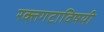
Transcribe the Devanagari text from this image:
रक्तगटाविषयी